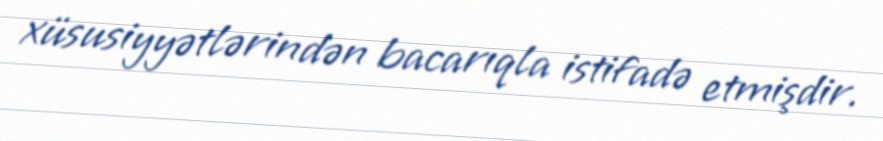
xüsusiyyətlərindən bacarıqla istifadə etmişdir.